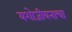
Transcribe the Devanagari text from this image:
यशोजीवनाचा